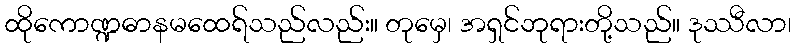
ထိုကောဏ္ဍဓာနမထေရ်သည်လည်း။ တုမှေ၊ အရှင်ဘုရားတို့သည်။ ဒုဿီလာ၊